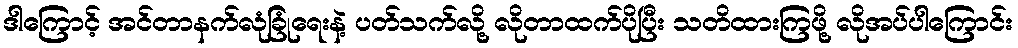
ဒါကြောင့် အင်တာနက်လုံခြုံရေးနဲ့ ပတ်သက်လို့ လိုတာထက်ပိုပြီး သတိထားကြဖို့ လိုအပ်ပါကြောင်း